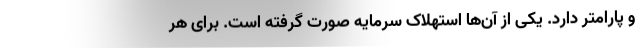
و پارامتر دارد. یکی از آن‌ها استهلاک سرمایه صورت گرفته است. برای هر